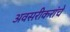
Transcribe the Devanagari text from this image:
अवसरीकरांचे